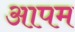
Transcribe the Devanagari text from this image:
आपम